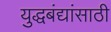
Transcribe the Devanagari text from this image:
युद्धबंद्यांसाठी